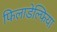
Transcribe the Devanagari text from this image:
फिलाडेल्‍फिया